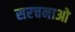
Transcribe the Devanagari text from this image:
सरचनाओ